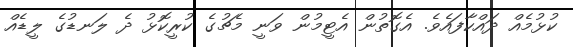
ކުޅުމެއް ދައްކާފައެވެ. އެގޮތުން އެޓީމުން ވަނީ މެޗުގެ ކުރީކޮޅު ދެ ލަނޑުގެ ލީޑެއް